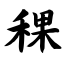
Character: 稞